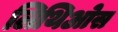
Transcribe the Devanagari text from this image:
लिथिओस